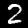
Label: 2